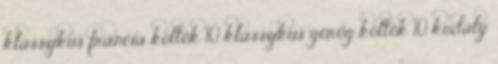
klasszikus francia költők 10 klasszikus görög költők 10 kodály